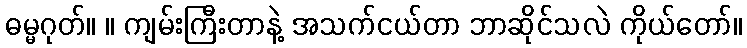
ဓမ္မဂုတ်။ ။ ကျမ်းကြီးတာနဲ့ အသက်ငယ်တာ ဘာဆိုင်သလဲ ကိုယ်တော်။